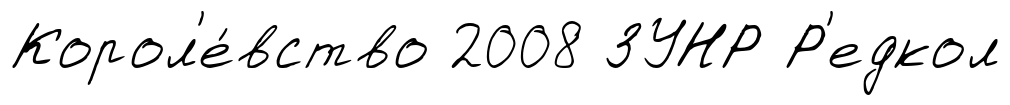
Корол'е́вство 2008 ЗУНР Р'едкол